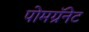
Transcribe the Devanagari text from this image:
पोमग्रॅनेट